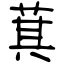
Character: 萁